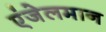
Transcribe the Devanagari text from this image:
एंजेलमान